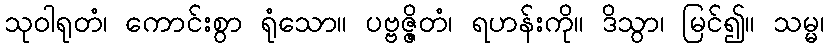
သုဝါရုတံ၊ ကောင်းစွာ ရုံသော။ ပဗ္ဗဇ္ဇိတံ၊ ရဟန်းကို။ ဒိသွာ၊ မြင်၍။ သမ္မ၊